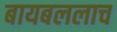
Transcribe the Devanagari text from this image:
बायबललाच